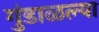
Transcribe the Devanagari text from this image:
गुंडाळल्या